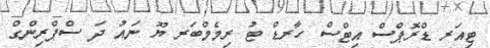
ޓިއަރ ޑްރޮޕްސް އިޓްސް ހާރޑް ޓު ރިމެމްބަރ ޔޫ ނައު ދަ ސްޕްރިންގް